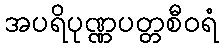
အပရိပုဏ္ဏပတ္တစီဝရံ